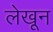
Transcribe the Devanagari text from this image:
लेखून